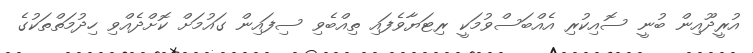
އުރީދޫއިން ބުނީ ސޮއިކުރި އެއްބަސްވުމަކީ ރިޓަޔާވެފައި ތިއްބެވި ސިފައިން ގައުމަށް ކޮށްދެއްވި ހިދުމަތްތަކުގެ